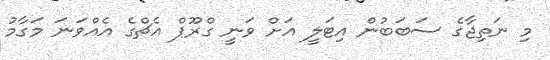
މި ނަތިޖާގެ ސަބަބުން އިޓަލީ އަށް ވަނީ ގްރޫޕް އެޗްގެ އެއްވަނަ މަގާމު